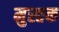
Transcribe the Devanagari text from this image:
मुस्तक